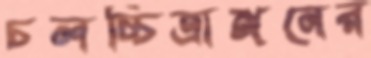
চলচ্চিত্রাঙ্গনের